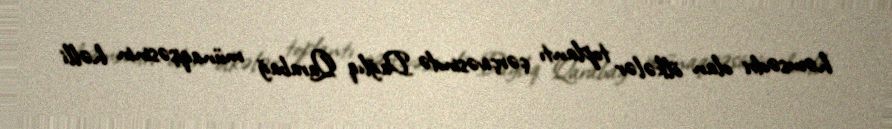
həmsədri olan ölkələr toplantı çərçivəsində Dağlıq Qarabağ münaqişəsinin həlli